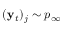
( \mathbf { y } _ { t } ) _ { j } \sim p _ { \infty }